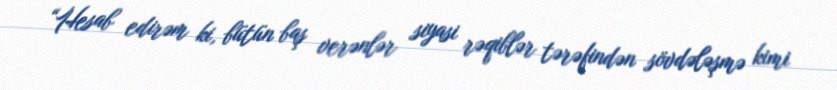
“Hesab edirəm ki, bütün baş verənlər siyasi rəqiblər tərəfindən sövdələşmə kimi